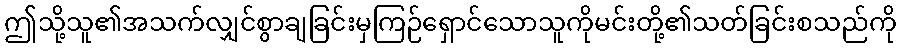
ဤသို့သူ၏အသက်လျှင်စွာချခြင်းမှကြဉ်ရှောင်သောသူကိုမင်းတို့၏သတ်ခြင်းစသည်ကို